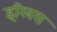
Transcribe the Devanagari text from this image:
इरिबस